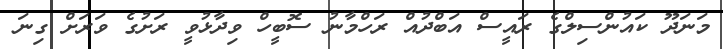
މަނަދޫ ކައުންސިލްގެ ރައީސް އަބްދުއް ރަހްމާނު ސޮބީހް ވިދާޅުވީ ރަށުގެ ވަރަށް ގިނަ